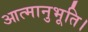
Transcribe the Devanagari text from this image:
आत्मानुभूति।